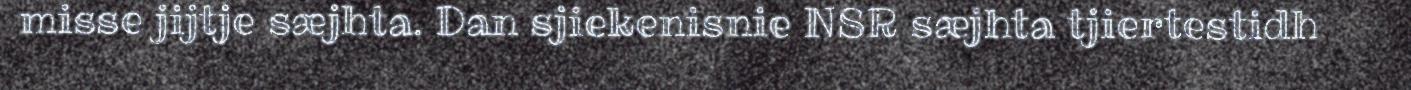
misse jijtje sæjhta. Dan sjiekenisnie NSR sæjhta tjiertestidh